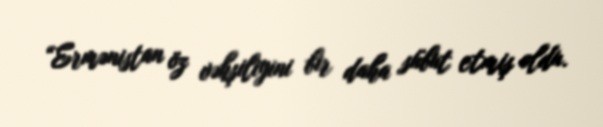
“Ermənistan öz vəhşiliyini bir daha sübut etmiş oldu.